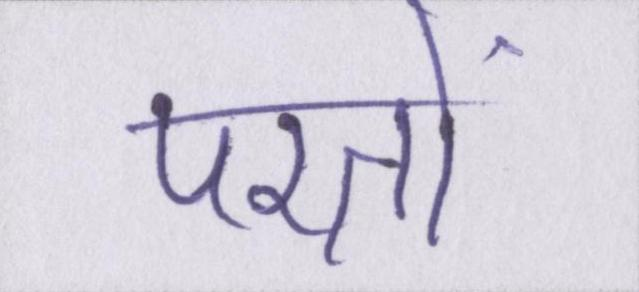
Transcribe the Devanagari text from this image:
परतों